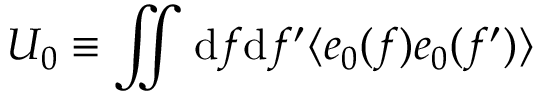
U _ { 0 } \equiv \iint \mathrm { d } f \mathrm { d } f ^ { \prime } \langle e _ { 0 } ( f ) e _ { 0 } ( f ^ { \prime } ) \rangle